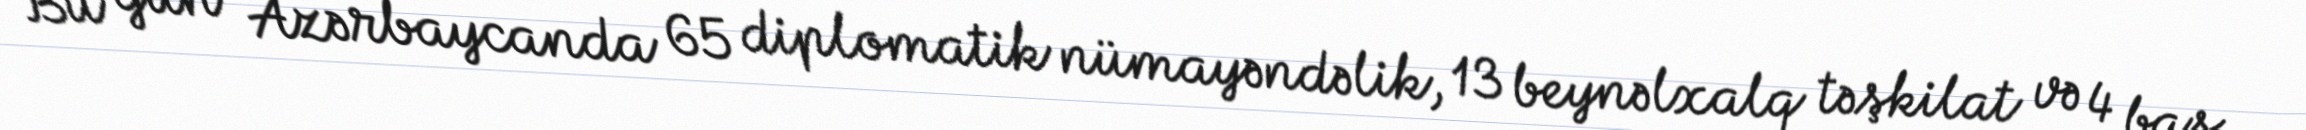
Bu gün Azərbaycanda 65 diplomatik nümayəndəlik, 13 beynəlxalq təşkilat və 4 baş